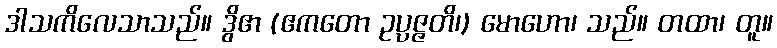
ဒါသကိလေသာသည်။ ဒွိဧာ (ဧကတော ဥပ္ပဇ္ဇတိ၊) မောဟော၊ သည်။ တထာ၊ တူ။